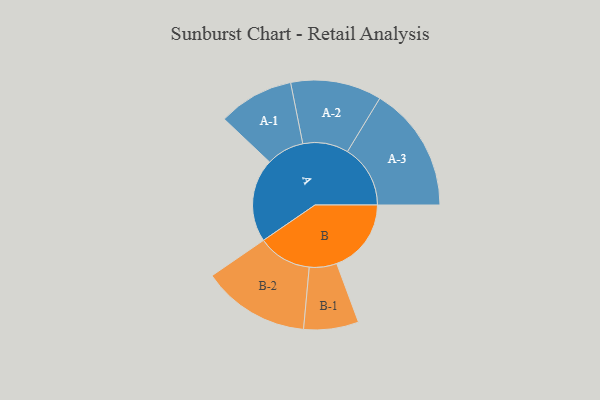
{"axis": {"x": "Segment", "y": "Value"}, "legend": ["", "A", "B"], "data": [{"x": "A", "y": 322, "type": ""}, {"x": "B", "y": 288, "type": ""}, {"x": "A-1", "y": 146, "type": "A"}, {"x": "A-2", "y": 176, "type": "A"}, {"x": "A-3", "y": 243, "type": "A"}, {"x": "B-1", "y": 106, "type": "B"}, {"x": "B-2", "y": 208, "type": "B"}]}